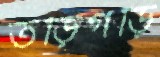
তড়িগড়ি